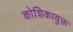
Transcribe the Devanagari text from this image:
कोशिकायुक्त